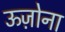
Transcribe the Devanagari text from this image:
ऊज़ोना